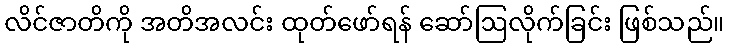
လိင်ဇာတိကို အတိအလင်း ထုတ်ဖော်ရန် ဆော်ဩလိုက်ခြင်း ဖြစ်သည်။